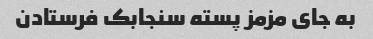
به جای مزمز پسته سنجابک فرستادن